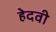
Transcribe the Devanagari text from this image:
हेदवी